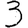
Digit: 3